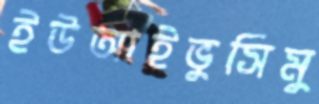
ইউআইভুসিমু